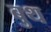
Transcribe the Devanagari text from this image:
बुथ